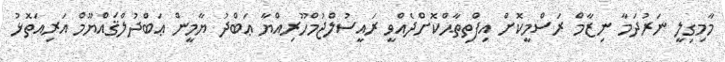
މާމިގިލީ ނަރުދަމާ ނިޒާމް ރަސްމީކޮށް އިފްތިތާޙްކޮށްދެއްވީ ރައީސުލްޖުމްހޫރިއްޔާ ޢަބްދު ޔާމީން ޢަބްދުލްޤައްޔޫމް އަރިއަތޮޅު